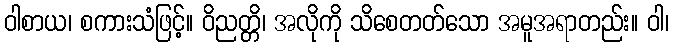
ဝါစာယ၊ စကားသံဖြင့်။ ဝိညတ္တိ၊ အလိုကို သိစေတတ်သော အမူအရာတည်း။ ဝါ၊